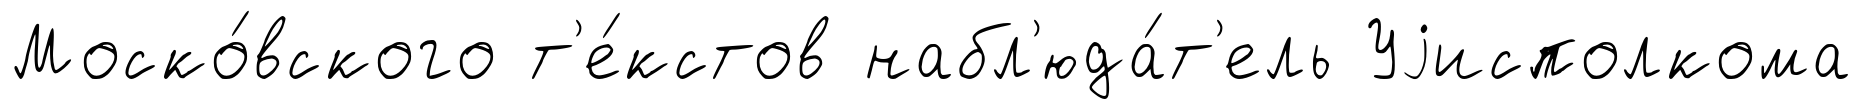
Моско́вского т'е́кстов набл'юда́т'ель Уjисполкома